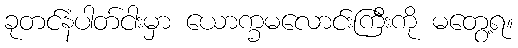
ခုတင်နံပါတ်ငါးမှာ ယောက္ခမလောင်းကြီးကို မတွေ့ရ။